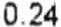
0.24